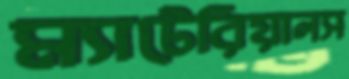
ম্যাটেরিয়ালস